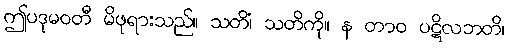
ဤပဒုမဝတီ မိဖုရားသည်။ သတိံ၊ သတိကို။ န တာဝ ပဋိလဘတိ၊